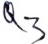
Text: Q3